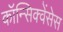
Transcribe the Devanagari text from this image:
कॉन्सिक्वेंसेस